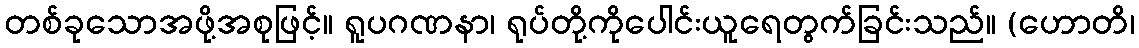
တစ်ခုသောအဖို့အစုဖြင့်။ ရူပဂဏနာ၊ ရုပ်တို့ကိုပေါင်းယူရေတွက်ခြင်းသည်။ (ဟောတိ၊